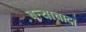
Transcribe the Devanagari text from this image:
बऱ्याचादा